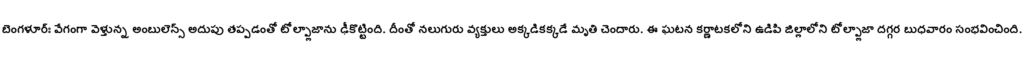
బెంగళూర్ః వేగంగా వెళ్తున్న అంబులెన్స్ అదుపు తప్పడంతో టోల్ప్లాజాను ఢీకొట్టింది. దీంతో నలుగురు వ్యక్తులు అక్కడికక్కడే మృతి చెందారు. ఈ ఘటన కర్ణాటకలోని ఉడిపి జిల్లాలోని టోల్ప్లాజా దగ్గర బుధవారం సంభవించింది.